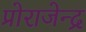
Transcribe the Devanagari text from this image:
प्रोराजेन्द्र